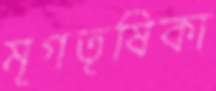
মৃগতৃষিকা